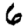
Digit: 6